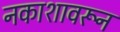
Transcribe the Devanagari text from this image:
नकाशावरून